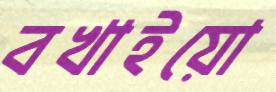
বখাইয়ো